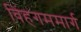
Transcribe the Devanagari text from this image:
विंहगममार्ग